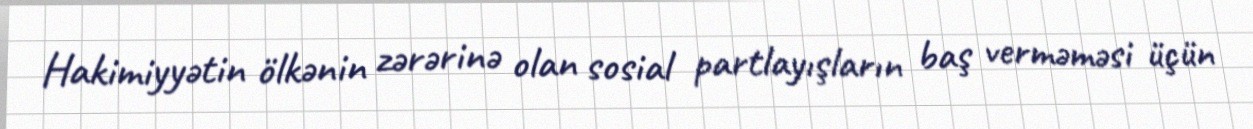
Hakimiyyətin ölkənin zərərinə olan sosial partlayışların baş verməməsi üçün